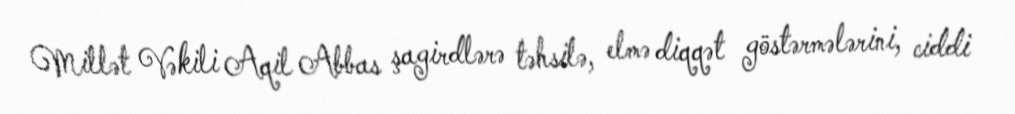
Millət Vəkili Aqil Abbas şagirdlərə təhsilə, elmə diqqət göstərmələrini, ciddi